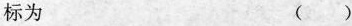
标为 ()